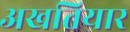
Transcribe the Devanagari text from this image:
अखतियार